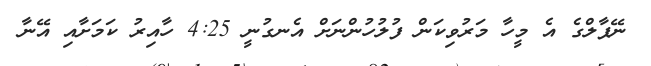
ނޭޕާލްގެ އެ މީހާ މަރުވިކަން ފުލުހުންނަށް އެނގުނީ 4:25 ހާއިރު ކަމަށާއި އޭނާ